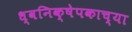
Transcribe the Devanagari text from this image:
ध्वनिक्षेपकाच्या